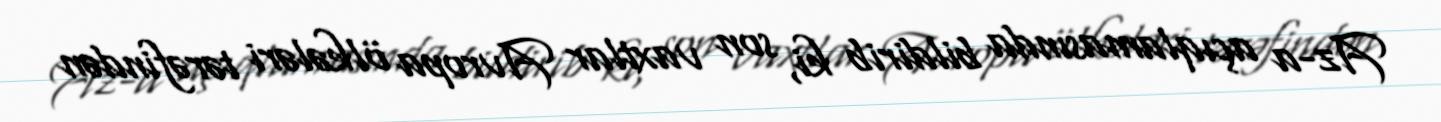
Az-a açıqlamasında bildirib ki, son vaxtlar Avropa ölkələri tərəfindən